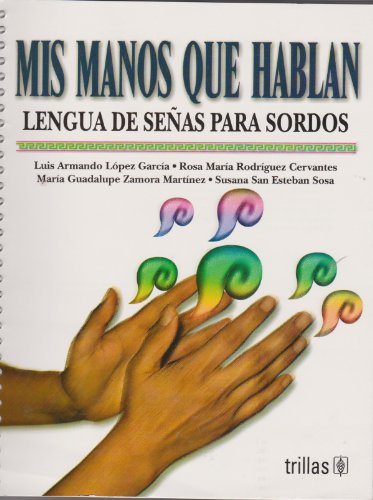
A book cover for Mis manos que hablan / My Hands that Talk: Lengua de senas para sordos / Sign Language for the Deaf (Spanish Edition); Luis Armando Lopez Garcia; Reference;